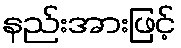
နည်းအားဖြင့်